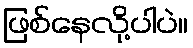
ဖြစ်နေလို့ပါပဲ။